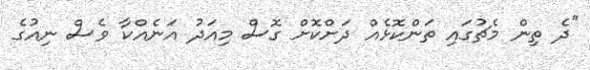
"ދެ ތިން މެޗުގައި ތަންކޮޅެއް ދަށްކޮށް ގޮސް މިއަދު އަނެއްކާ ވެސް ނިއުގެ